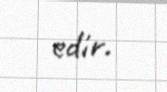
edir.